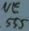
Text: NE555